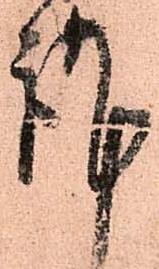
言